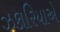
ઝકારિયાએ